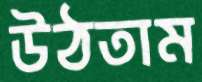
উঠতাম